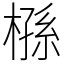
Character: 槂